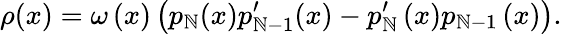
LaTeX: \rho(x)=\omega\left(x\right)\left(p_{\mathbb{N}}(x)p_{\mathbb{N}-1}^{\prime}(x)-p_{\mathbb{N}}^{\prime}\left(x\right)p_{\mathbb{N}-1}\left(x\right)\right).